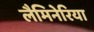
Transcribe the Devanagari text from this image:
लैमिनेरिया